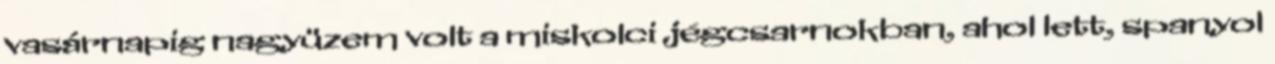
vasárnapig nagyüzem volt a miskolci jégcsarnokban, ahol lett, spanyol